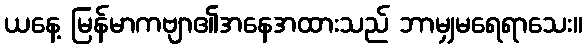
ယနေ့ မြန်မာကဗျာ၏အနေအထားသည် ဘာမျှမရေရာသေး။